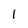
Character: 1